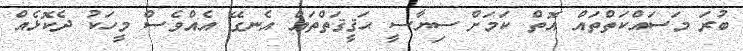
ބުރަ މަސައްކަތްތައް އޮތް ކަމަށް ސިޔާސީ ޙަޤީޤަތްތައް އެނގޭ އެއްވެސް މީހަކު ދެކޮޅެއް